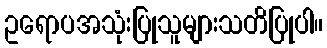
ဥရောပအသုံးပြုသူများသတိပြုပါ။